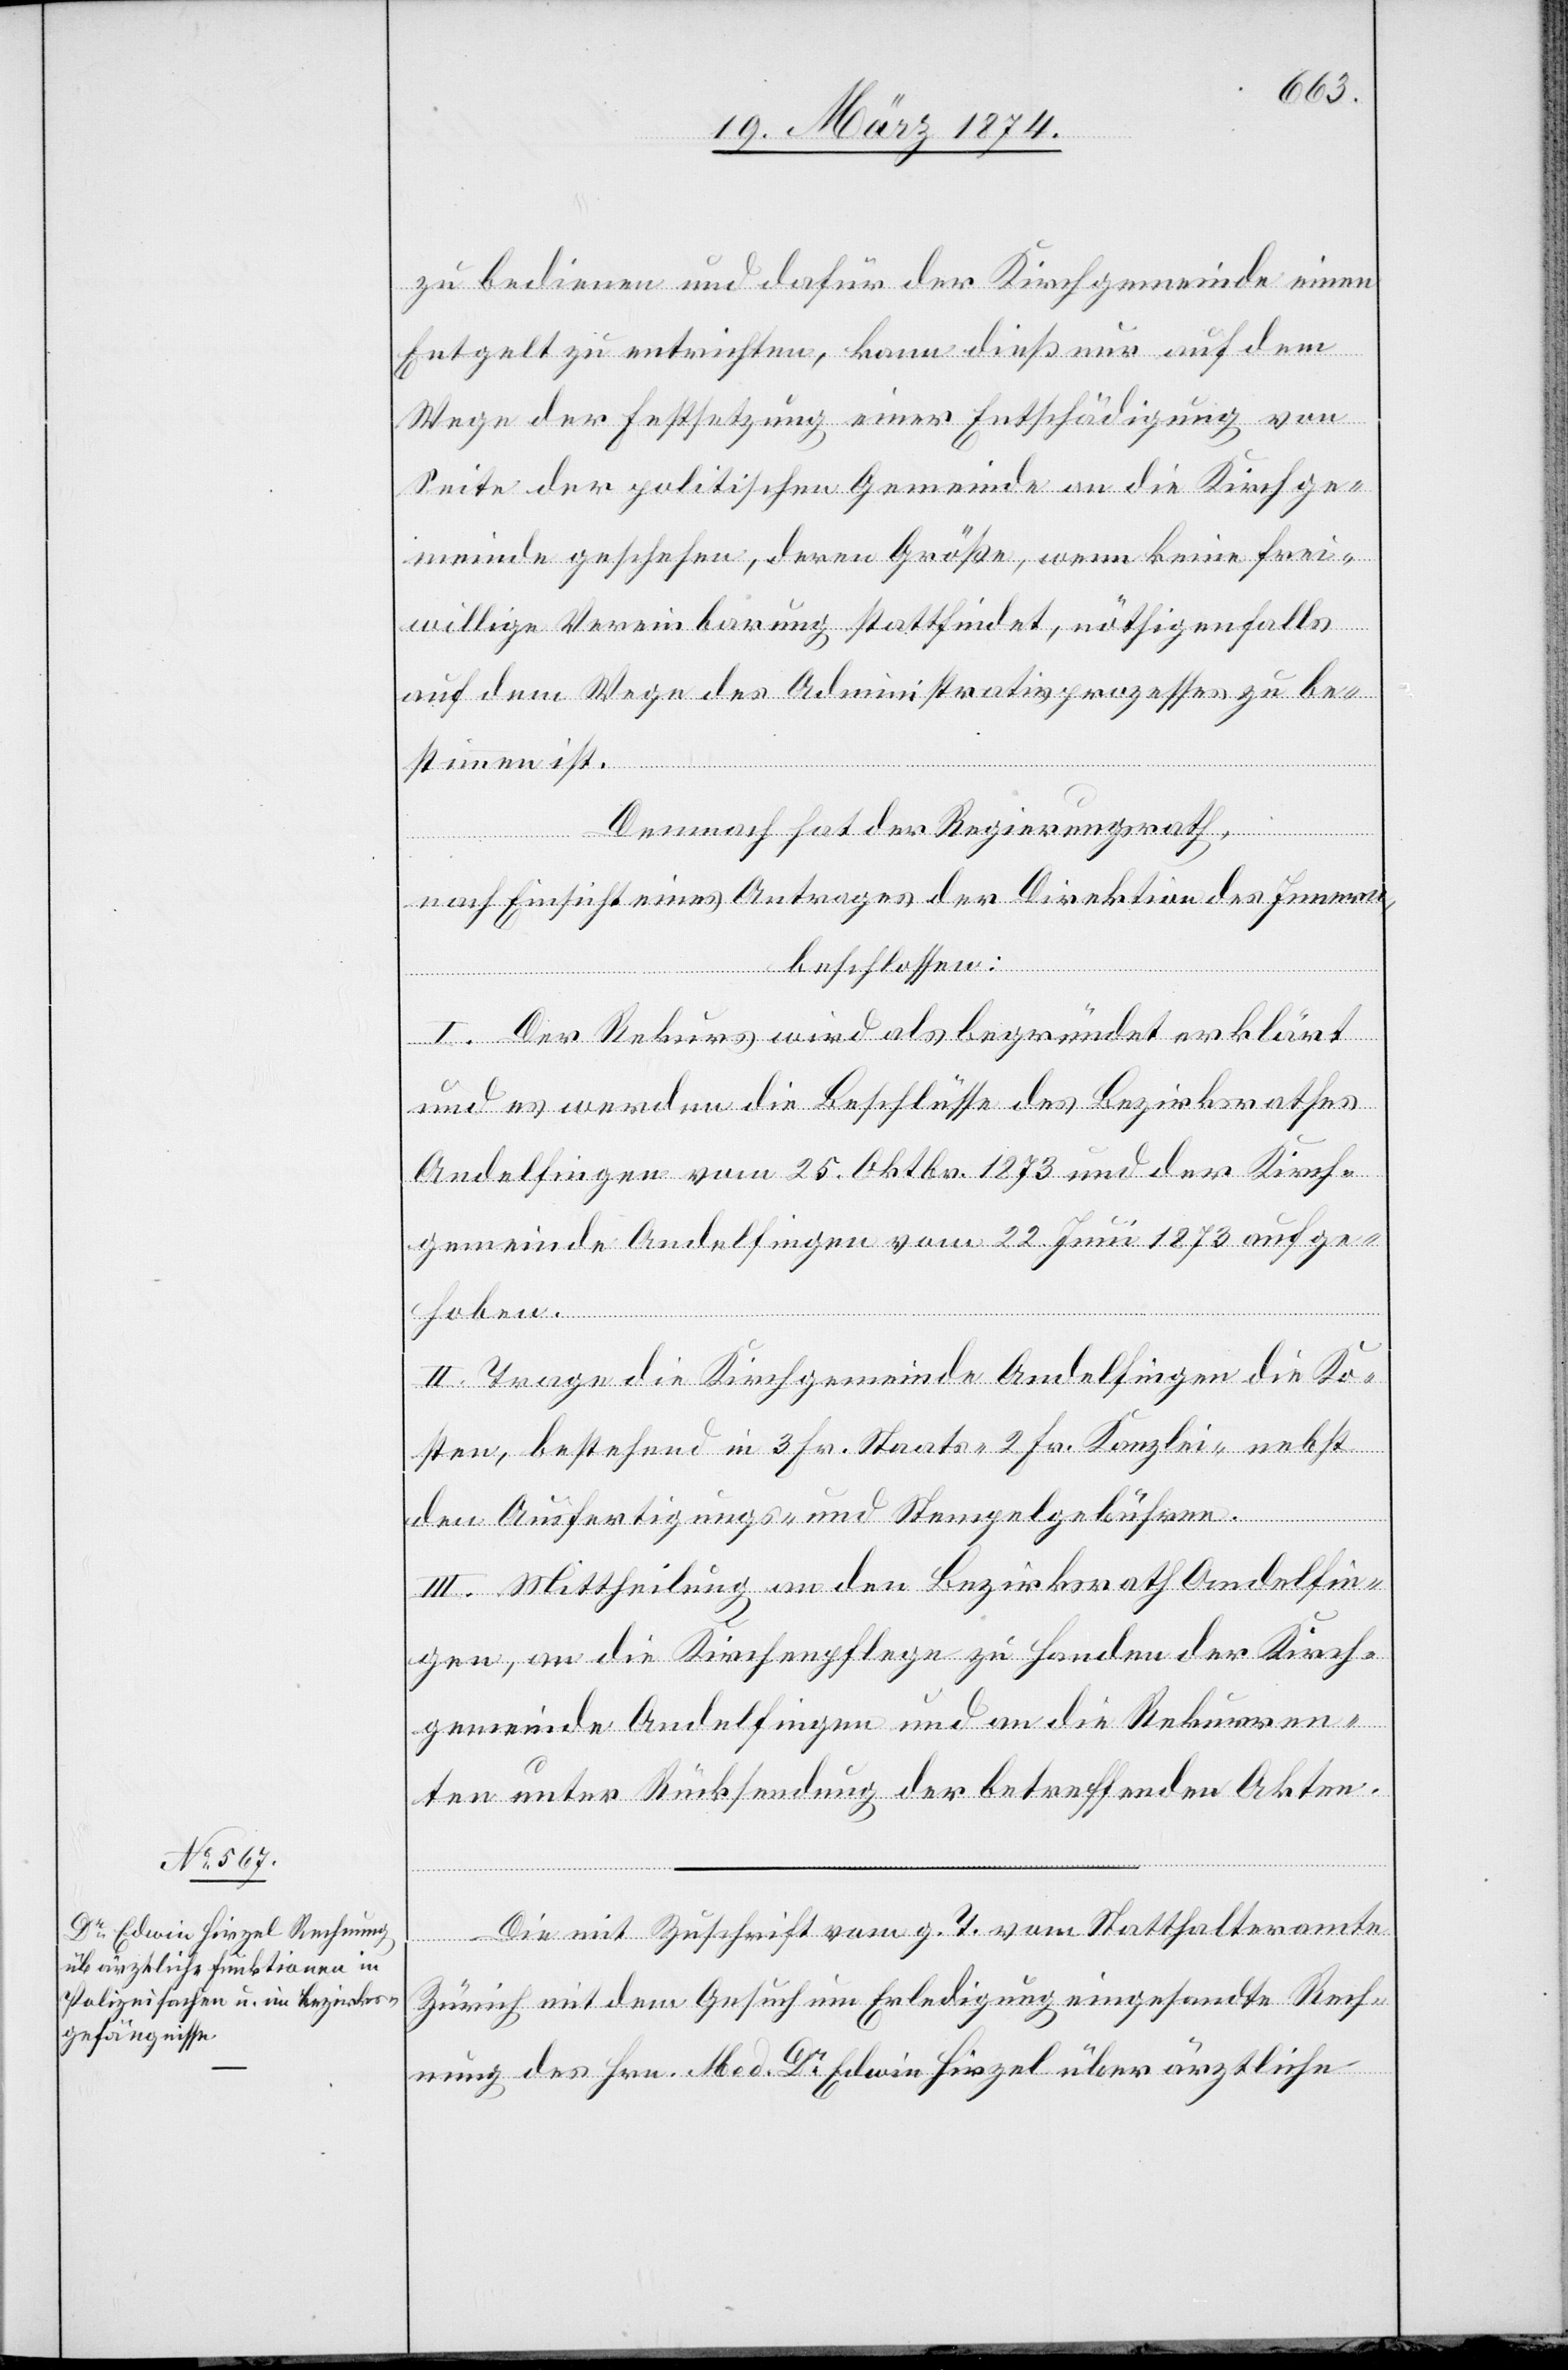
zu bedienen und dafür der Kirchgemeinde einen
Entgelt zu entrichten, kann dieß nur auf dem
Wege der Festsetzung einer Entschädigung von
Seite der politischen Gemeinde an die Kirchge¬
meinde geschehen, deren Größe, wenn keine frei¬
willige Vereinbarung stattfindet, nöthigenfalls
auf dem Weg des Administrativprozesses zu be¬
stimmen ist.
Demnach hat der Regierungsrath,
nach Einsicht eines Antrages der Direktion des Innern,
beschlossen:
I. Der Rekurs wird als begründet erklärt
und es werden die Beschlüsse des Bezirksrathes
Andelfingen vom 25. Oktbr. 1873 und der Kirch¬
gemeinde Andelfingen vom 22. Juni 1873 auf ge¬
II. Trage die Kirchgemeinde Andelfingen die Ko¬
sten, bestehend in 3 Fr. Staats-[,] 2 Fr. Kanzlei- nebst
den Ausfertigungs- und Stempelgebühren.
III. Mittheilung an den Bezirksrath Andelfin¬
gen, an die Kirchenpflege zu Handen der Kirch¬
gemeinde Andelfingen und an die Rekurren¬
ten unter Rücksendung der betreffenden Akten.
Die mit Zuschrift vom g. T. vom Statthalteramte
hoben.
Zürich mit dem Gesuch um Erledigung eingesandte Rech¬
nung des Hrn. Med. Dr Edwin Hirzel über ärztliche